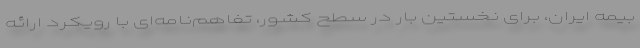
بیمه ایران، برای نخستین بار در سطح کشور، تفاهم‌نامه‌ای با رویکرد ارائه